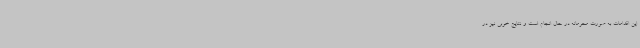
این اقدامات به صورت محرمانه در حال انجام است و نتایج خوبی نیز در